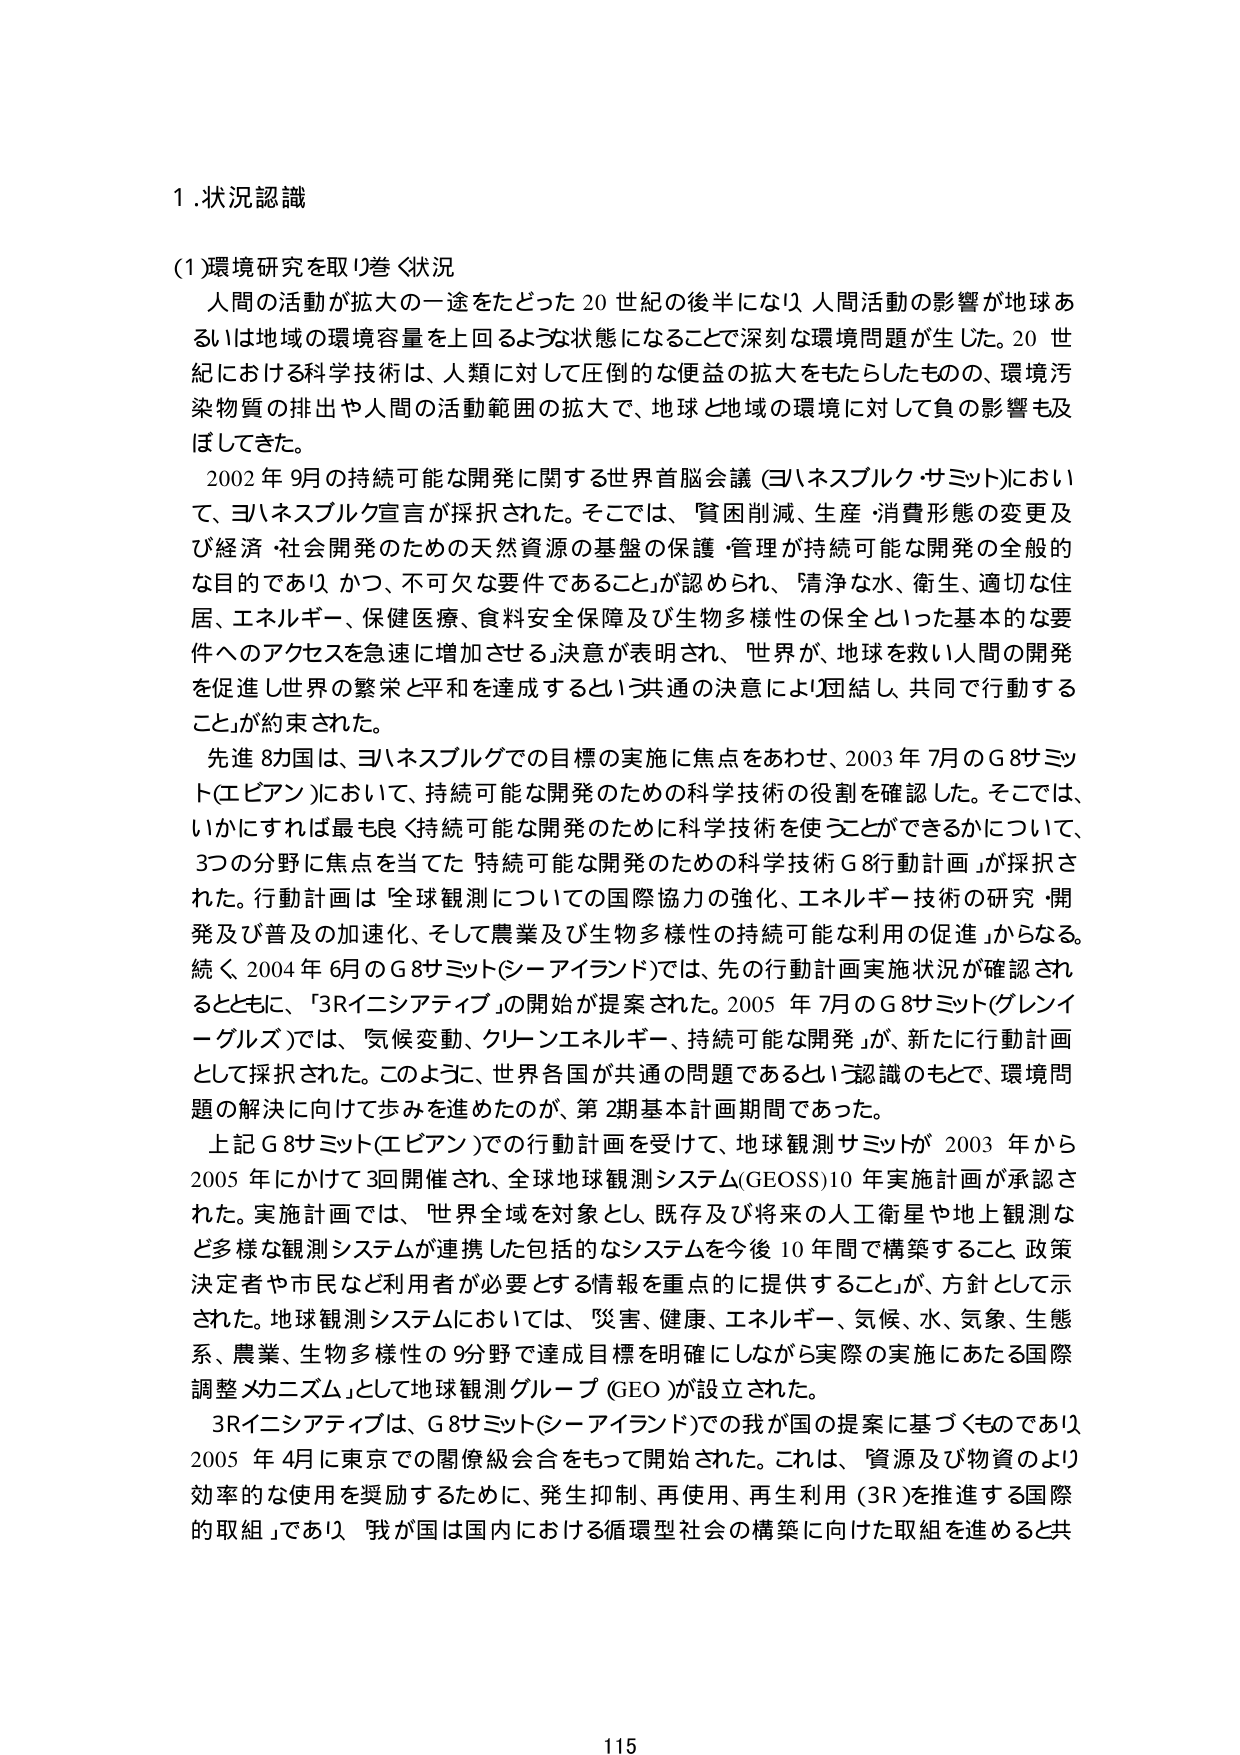
1.状況認識

(1)環境研究を取り巻く状況
人間の活動が拡大の一途をたどった20世紀の後半になり、人間活動の影響が地球あるいは地域の環境容量を上回るような状態になることで深刻な環境問題が生じた。20世紀における科学技術は、人類に対して圧倒的な便益の拡大をもたらしたものの、環境汚染物質の排出や人間の活動範囲の拡大で、地球と地域の環境に対して負の影響も及ぼしてきた。

2002年9月の持続可能な開発に関する世界首脳会議（ヨハネスブルク・サミット）において、ヨハネスブルク宣言が採択された。そこでは、「貧困削減、生産・消費形態の変更及び経済・社会開発のための天然資源の基盤の保護・管理が持続可能な開発の全般的な目的であり、かつ、不可欠な要件であること」が認められ、「清浄な水、衛生、適切な住居、エネルギー、保健医療、食料安全保障及び生物多様性の保全といった基本的な要件へのアクセスを急速に増加させる」決意が表明され、「世界が、地球を救い人間の開発を促進し世界の繁栄と平和を達成するという共通の決意により団結し、共同で行動すること」が約束された。

先進8カ国は、ヨハネスブルグでの目標の実施に焦点をあわせ、2003年7月のG8サミット（エピアン）において、持続可能な開発のための科学技術の役割を確認した。そこでは、いかにすれば最も良く持続可能な開発のために科学技術を使うことができるかについて、3つの分野に焦点を当てた「持続可能な開発のための科学技術G8行動計画」が採択された。行動計画は「全球観測についての国際協力の強化、エネルギー技術の研究・開発及び普及の加速化、そして農業及び生物多様性の持続可能な利用の促進」からなる。続く、2004年6月のG8サミット（シーアイランド）では、先の行動計画実施状況が確認されるとともに、「3Rイニシアティブ」の開始が提案された。2005年7月のG8サミット（グレンイーグルズ）では、「気候変動、クリーンエネルギー、持続可能な開発」が、新たに行動計画として採択された。このように、世界各国が共通の問題であるという認識のもとで、環境問題の解決に向けて歩みを進めたのが、第2期基本計画期間であった。

上記G8サミット（エピアン）での行動計画を受けて、地球観測サミットが2003年から2005年にかけて3回開催され、全球地球観測システム（GEOSS）10年実施計画が承認された。実施計画では、「世界全域を対象とし、既存及び将来の人工衛星や地上観測など多様な観測システムが連携した包括的なシステムを今後10年間で構築すること、政策決定者や市民など利用者が必要とする情報を重点的に提供すること」が、方針として示された。地球観測システムにおいては、「災害、健康、エネルギー、気候、水、気象、生態系、農業、生物多様性の9分野で達成目標を明確にしながら実際の実施にあたる国際調整メカニズム」として地球観測グループ（GEO）が設立された。

3Rイニシアティブは、G8サミット（シーアイランド）での我が国の提案に基づくものであり、2005年4月に東京での閣僚級会合をもって開始された。これは、「資源及び物資のより効率的な使用を奨励するために、発生抑制、再使用、再生利用（3R）を推進する国際的取組」であり、「我が国は国内における循環型社会の構築に向けた取組を進めると共

115